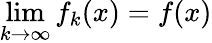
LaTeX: \operatorname*{lim}_{k\to\infty}f_{k}(x)=f(x)